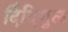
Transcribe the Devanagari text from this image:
दिंदिगुल